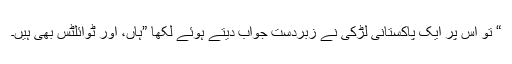
“ تو اس پر ایک پاکستانی لڑکی نے زبردست جواب دیتے ہوئے لکھا ”ہاں، اور ٹوائلٹس بھی ہیں۔